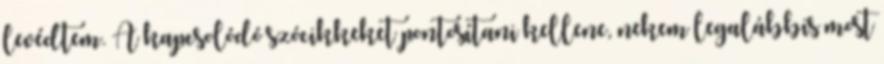
levédtem. A kapcsolódó szócikkeket pontosítani kellene, nekem legalábbis most